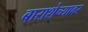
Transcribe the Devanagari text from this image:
बाराशेच्यावर